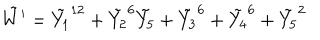
\tilde { W ^ { \prime } } = \tilde { Y _ { 1 } } ^ { 1 2 } + \tilde { Y _ { 2 } } ^ { 6 } \tilde { Y _ { 5 } } + \tilde { Y _ { 3 } } ^ { 6 } + \tilde { Y _ { 4 } } ^ { 6 } + \tilde { Y _ { 5 } } ^ { 2 }